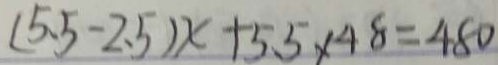
( 5 . 5 - 2 . 5 ) x + 5 . 5 \times 4 8 = 4 8 0